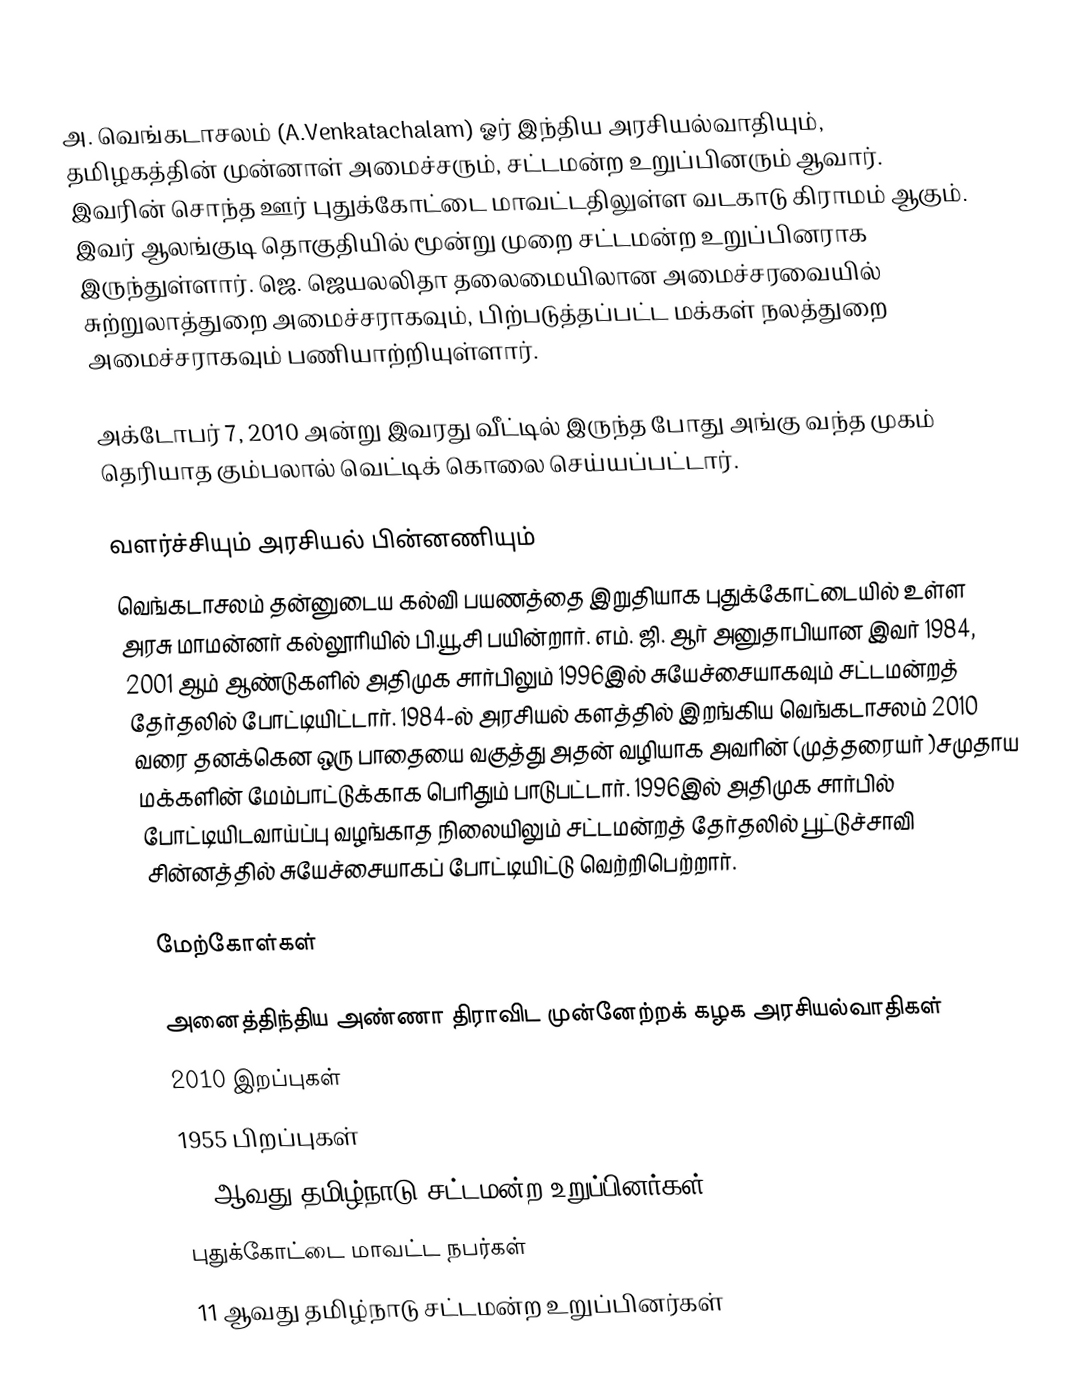
அ. வெங்கடாசலம் (A.Venkatachalam) ஓர் இந்திய அரசியல்வாதியும், தமிழகத்தின் முன்னாள் அமைச்சரும், சட்டமன்ற உறுப்பினரும் ஆவார். இவரின் சொந்த ஊர் புதுக்கோட்டை மாவட்டதிலுள்ள வடகாடு கிராமம் ஆகும். இவர் ஆலங்குடி தொகுதியில் மூன்று முறை சட்டமன்ற உறுப்பினராக இருந்துள்ளார். ஜெ. ஜெயலலிதா தலைமையிலான அமைச்சரவையில் சுற்றுலாத்துறை அமைச்சராகவும், பிற்படுத்தப்பட்ட மக்கள் நலத்துறை அமைச்சராகவும் பணியாற்றியுள்ளார்.

அக்டோபர் 7, 2010 அன்று இவரது வீட்டில் இருந்த போது அங்கு வந்த முகம் தெரியாத கும்பலால் வெட்டிக் கொலை செய்யப்பட்டார்.

வளர்ச்சியும் அரசியல் பின்னணியும்
வெங்கடாசலம் தன்னுடைய கல்வி பயணத்தை இறுதியாக புதுக்கோட்டையில் உள்ள அரசு மாமன்னர் கல்லூரியில் பி.யூ.சி பயின்றார். எம். ஜி. ஆர் அனுதாபியான இவர் 1984, 2001 ஆம் ஆண்டுகளில் அதிமுக சார்பிலும் 1996இல் சுயேச்சையாகவும் சட்டமன்றத் தேர்தலில் போட்டியிட்டார். 1984-ல் அரசியல் களத்தில் இறங்கிய வெங்கடாசலம் 2010 வரை தனக்கென ஒரு பாதையை வகுத்து அதன் வழியாக அவரின்  (முத்தரையர் )சமுதாய மக்களின் மேம்பாட்டுக்காக பெரிதும் பாடுபட்டார். 1996இல் அதிமுக சார்பில் போட்டியிடவாய்ப்பு வழங்காத நிலையிலும் சட்டமன்றத் தேர்தலில் பூட்டுச்சாவி சின்னத்தில் சுயேச்சையாகப் போட்டியிட்டு வெற்றிபெற்றார்.

மேற்கோள்கள்

அனைத்திந்திய அண்ணா திராவிட முன்னேற்றக் கழக அரசியல்வாதிகள்
2010 இறப்புகள்
1955 பிறப்புகள்
12 ஆவது தமிழ்நாடு சட்டமன்ற உறுப்பினர்கள்
புதுக்கோட்டை மாவட்ட நபர்கள்
11 ஆவது தமிழ்நாடு சட்டமன்ற உறுப்பினர்கள்